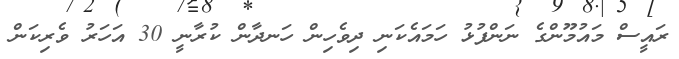
ރައީސް މައުމޫންގެ ނަންފުޅު ހަމައެކަނި ދިވެހިން ހަނދާން ކުރާނީ 30 އަހަރު ވެރިކަން